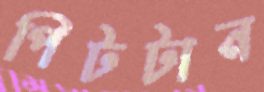
পিটটান